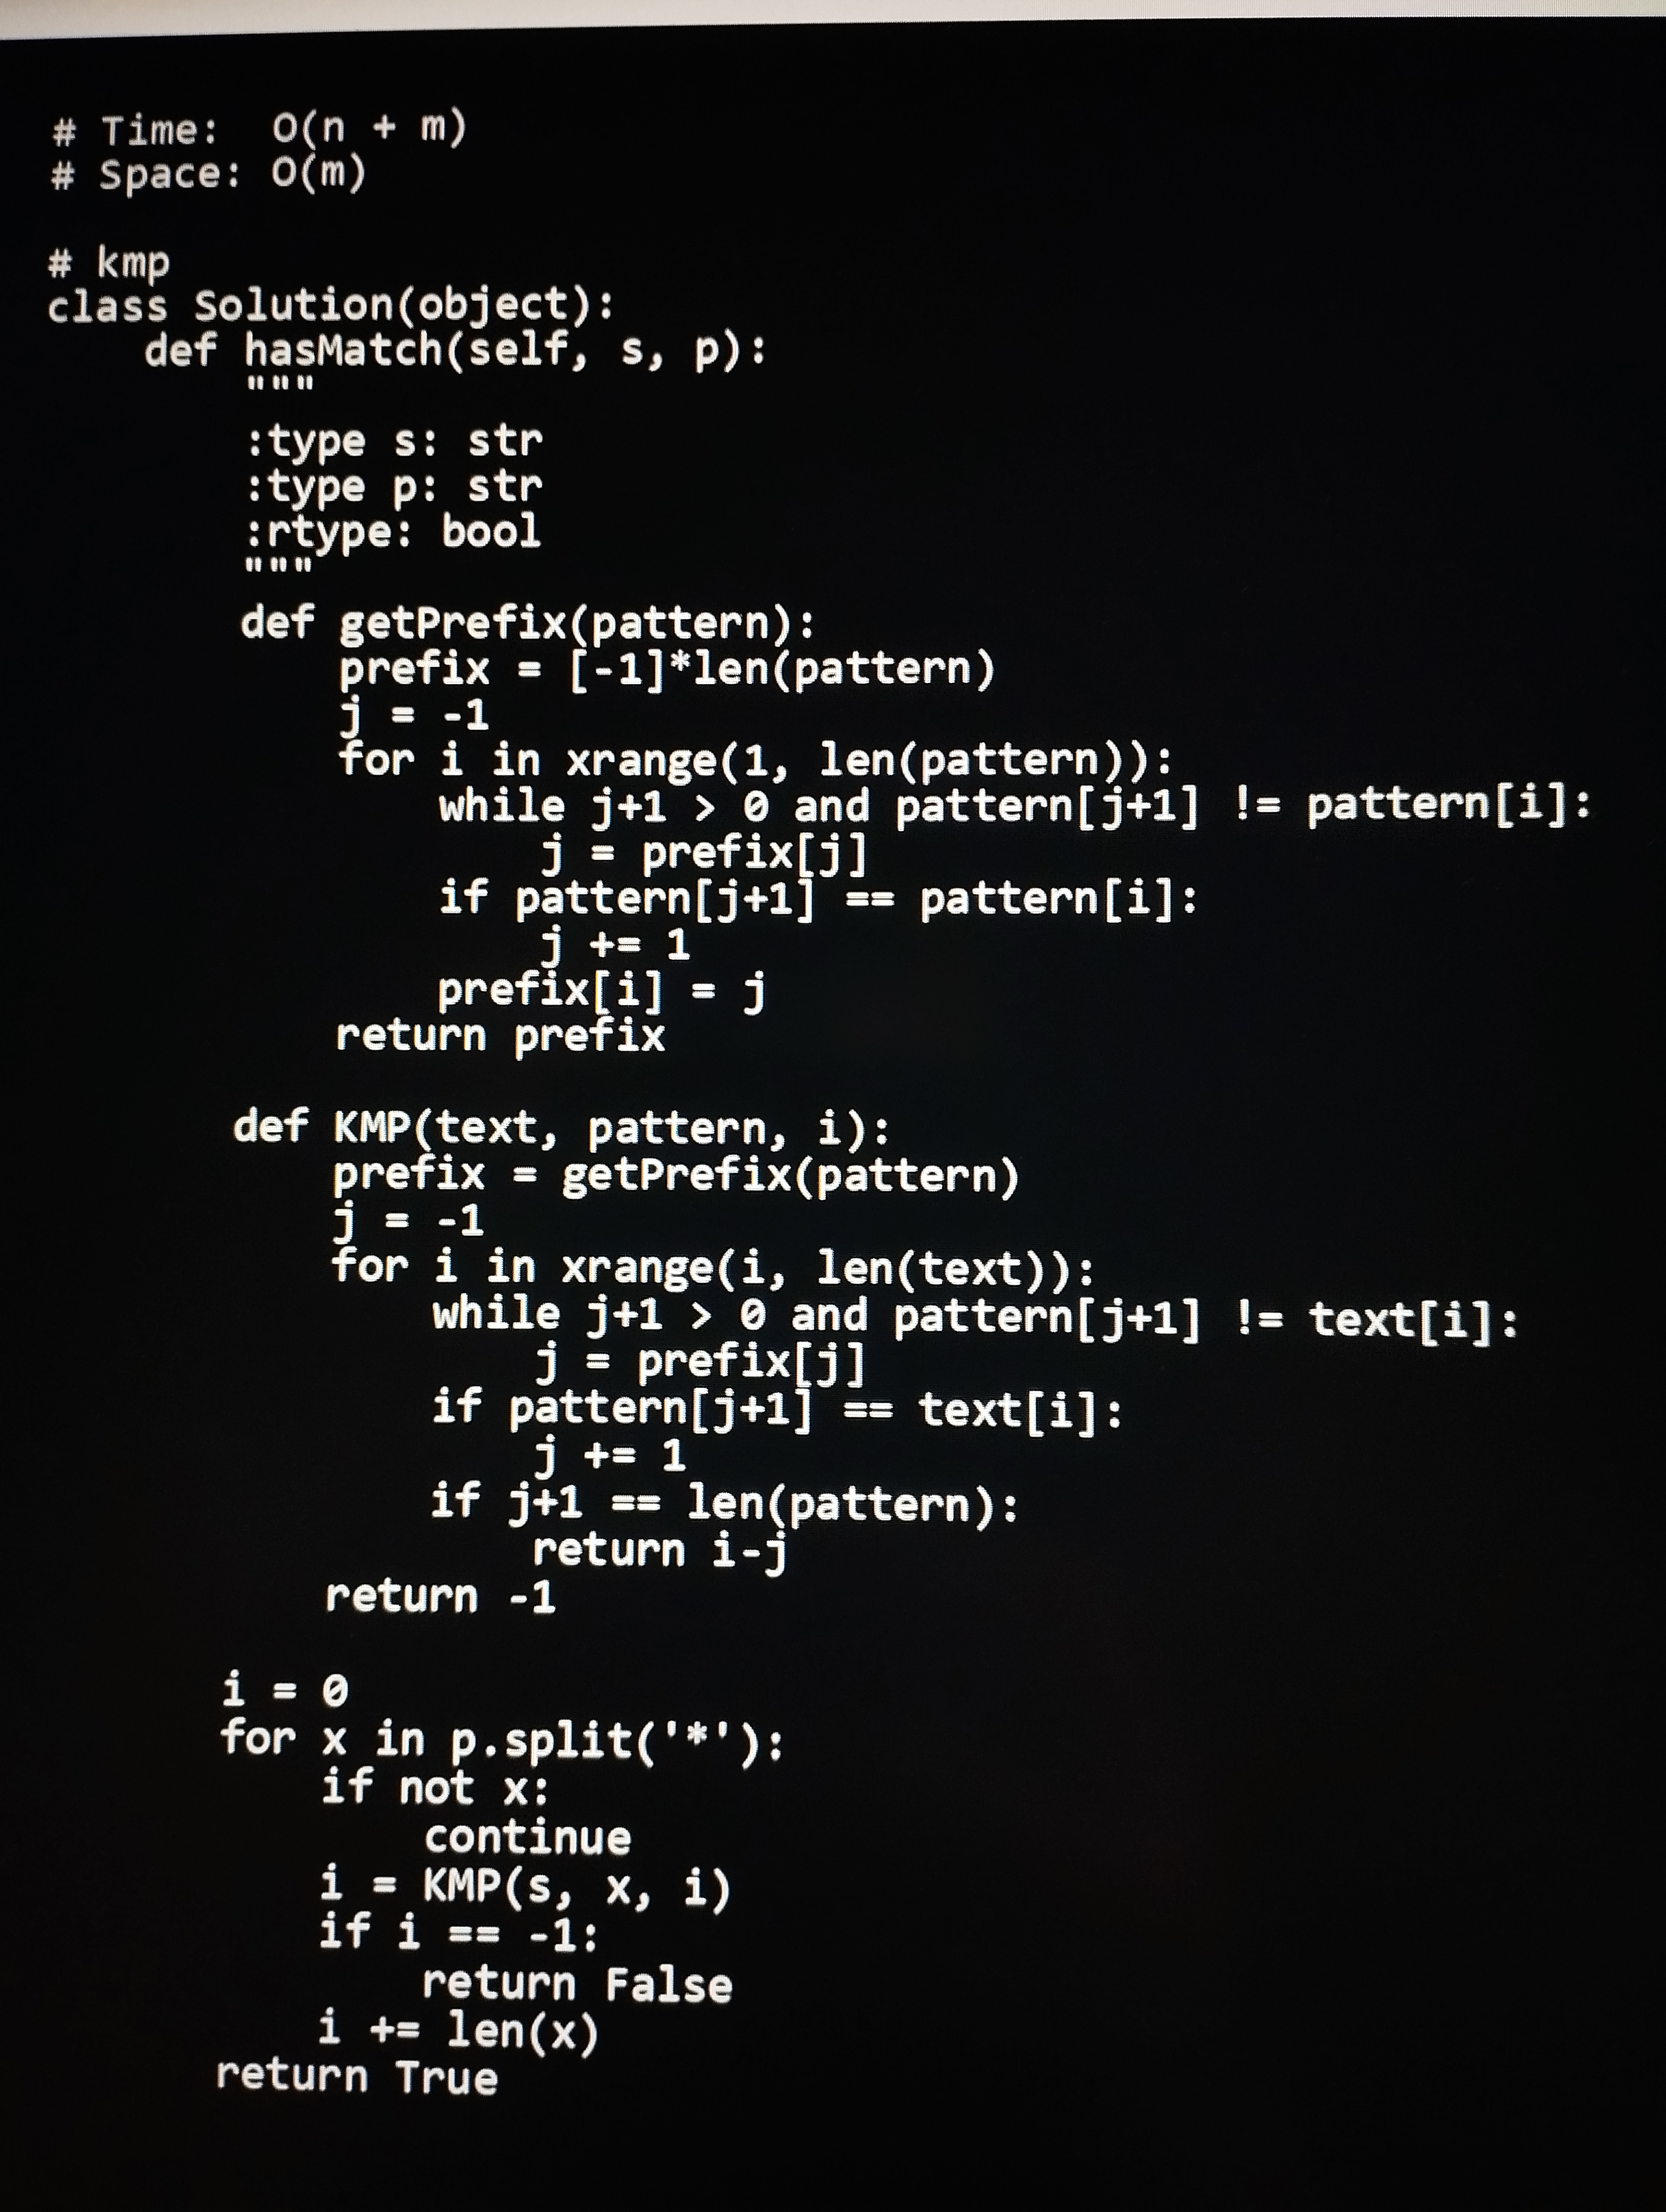
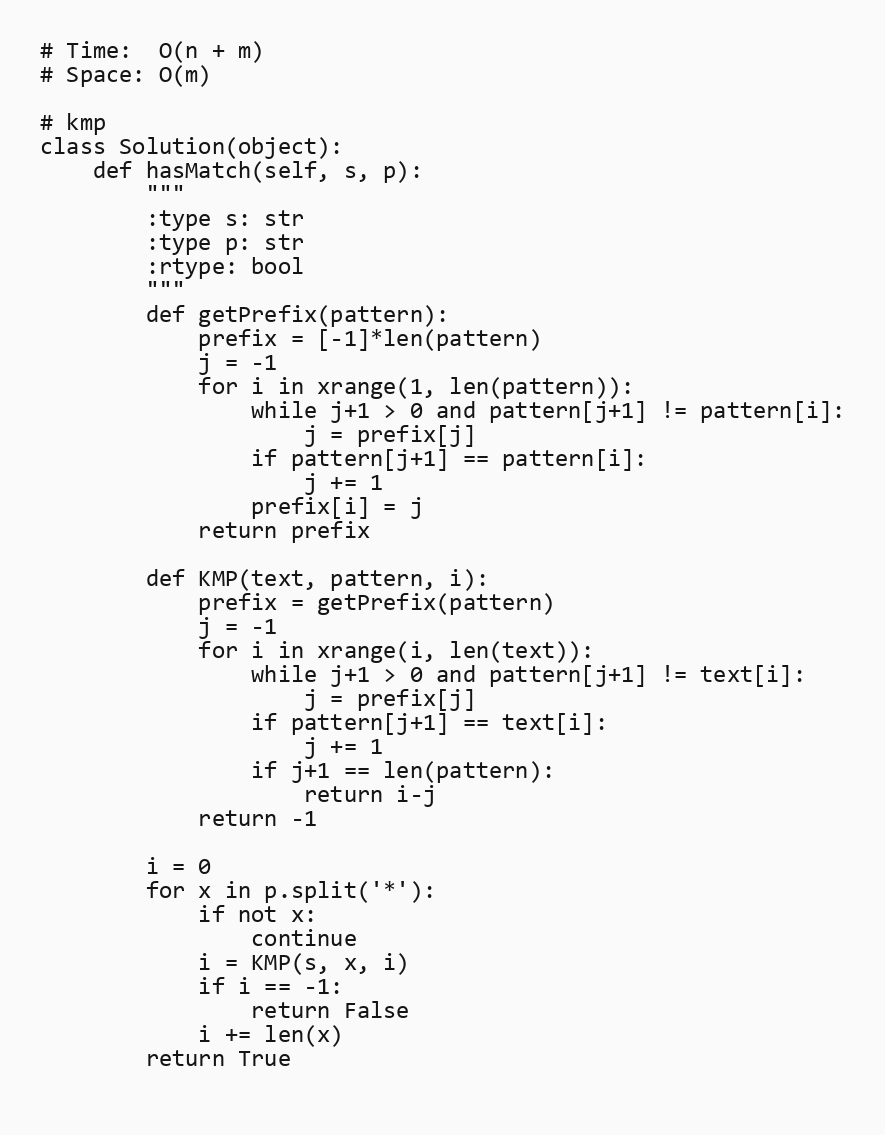
# Time:  O(n + m)
# Space: O(m)

# kmp
class Solution(object):
    def hasMatch(self, s, p):
        """
        :type s: str
        :type p: str
        :rtype: bool
        """
        def getPrefix(pattern):
            prefix = [-1]*len(pattern)
            j = -1
            for i in xrange(1, len(pattern)):
                while j+1 > 0 and pattern[j+1] != pattern[i]:
                    j = prefix[j]
                if pattern[j+1] == pattern[i]:
                    j += 1
                prefix[i] = j
            return prefix

        def KMP(text, pattern, i):
            prefix = getPrefix(pattern)
            j = -1
            for i in xrange(i, len(text)):
                while j+1 > 0 and pattern[j+1] != text[i]:
                    j = prefix[j]
                if pattern[j+1] == text[i]:
                    j += 1
                if j+1 == len(pattern):
                    return i-j
            return -1

        i = 0
        for x in p.split('*'):
            if not x:
                continue
            i = KMP(s, x, i)
            if i == -1:
                return False
            i += len(x)
        return True